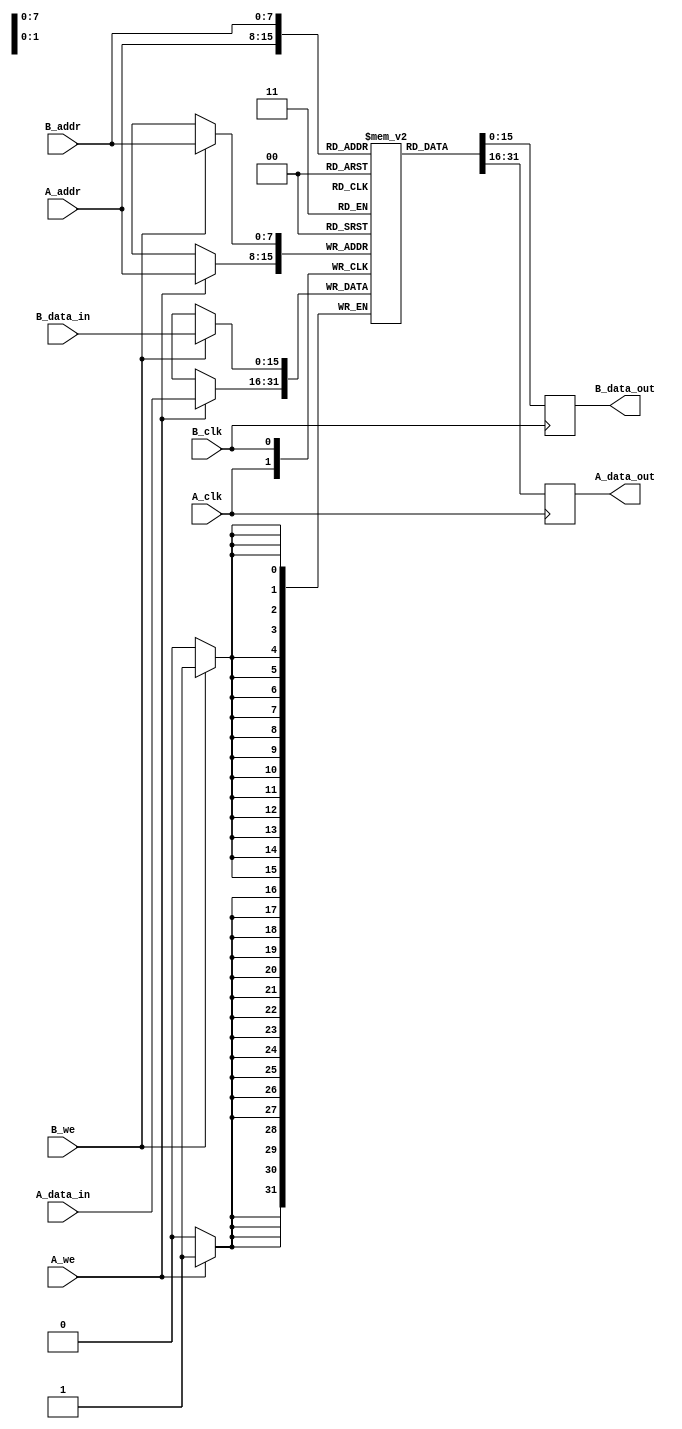
module dual_port_ram #(
    parameter ADDR_WIDTH = 8,  // Address width
    parameter DATA_WIDTH = 16,  // Data width
    parameter DEPTH = 1 << ADDR_WIDTH  // Memory depth
)(
    // Port A
    input wire [ADDR_WIDTH-1:0] A_addr,
    input wire [DATA_WIDTH-1:0] A_data_in,
    output reg [DATA_WIDTH-1:0] A_data_out,
    input wire A_we,
    input wire A_clk,

    // Port B
    input wire [ADDR_WIDTH-1:0] B_addr,
    input wire [DATA_WIDTH-1:0] B_data_in,
    output reg [DATA_WIDTH-1:0] B_data_out,
    input wire B_we,
    input wire B_clk
);

    // Memory array declaration
    reg [DATA_WIDTH-1:0] memory [0:DEPTH-1];

    // Port A Operations
    always @(posedge A_clk) begin
        if (A_we) begin
            memory[A_addr] <= A_data_in;  // Write operation
        end
        A_data_out <= memory[A_addr];  // Read operation
    end

    // Port B Operations
    always @(posedge B_clk) begin
        if (B_we) begin
            memory[B_addr] <= B_data_in;  // Write operation
        end
        B_data_out <= memory[B_addr];  // Read operation
    end

endmodule